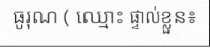
ធូរុណ ( ឈ្មោះ ផ្ទាល់ខ្លួន៖